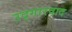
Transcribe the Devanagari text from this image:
उद्गारवाद